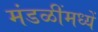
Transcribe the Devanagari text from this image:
मंडळींमध्यें